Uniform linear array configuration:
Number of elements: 64
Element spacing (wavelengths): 1
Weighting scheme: exponential
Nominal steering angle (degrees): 15
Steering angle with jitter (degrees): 13.672
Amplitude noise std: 0.05
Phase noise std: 0.05

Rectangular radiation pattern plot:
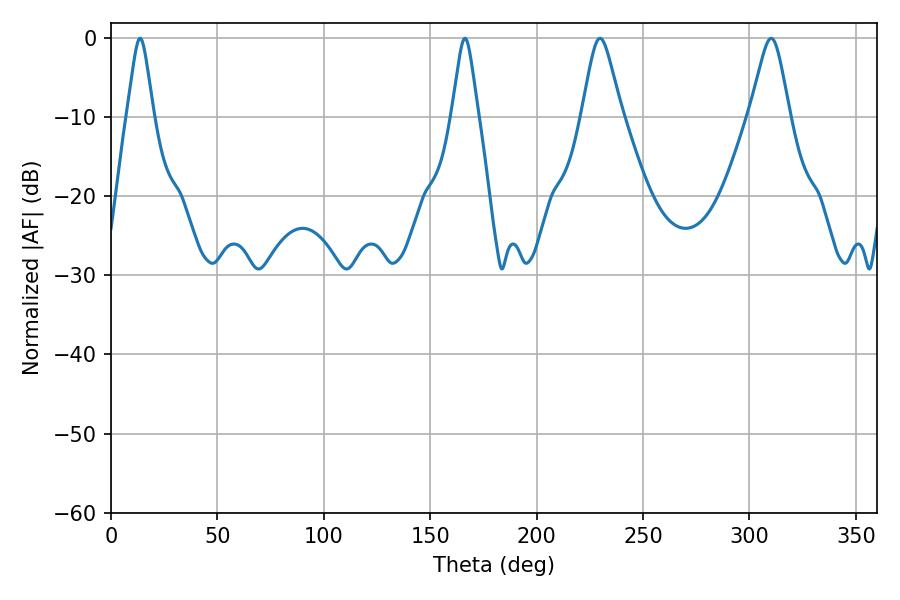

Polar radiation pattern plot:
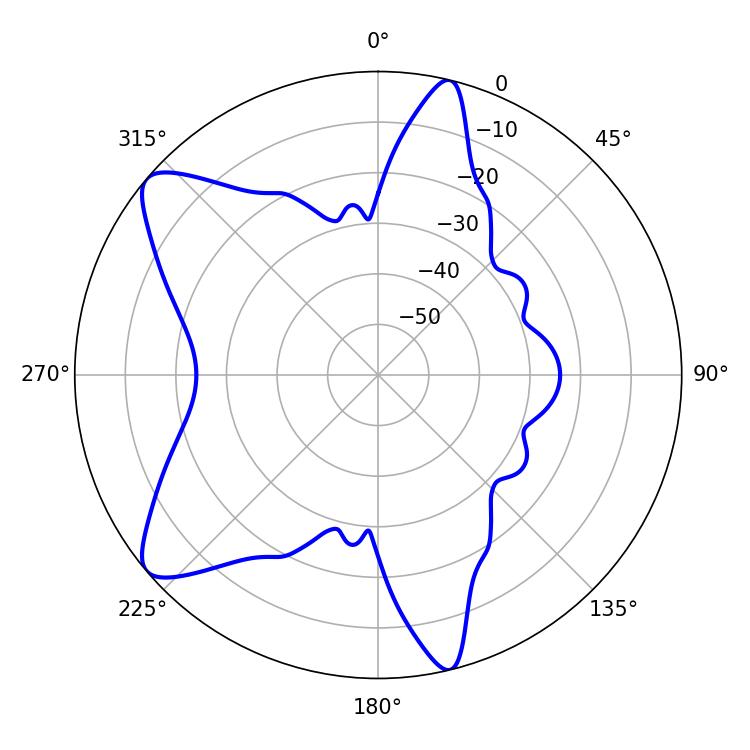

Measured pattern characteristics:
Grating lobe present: TRUE
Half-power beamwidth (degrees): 5.76
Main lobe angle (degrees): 13.68